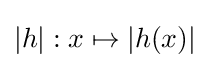
|h|:x\mapsto |h(x)|